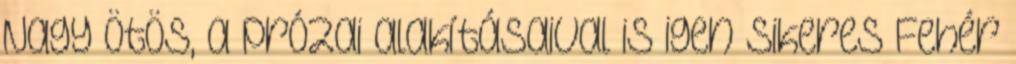
Nagy Ötös, a prózai alakításaival is igen sikeres Fehér